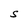
Character: S